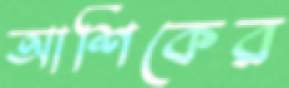
আশিকের